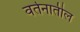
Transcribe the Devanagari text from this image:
वर्तनातील